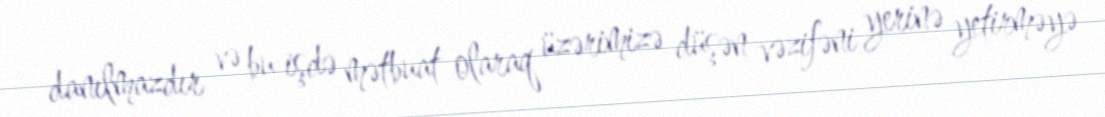
danılmazdır və bu işdə mətbuat olaraq üzərimizə düşən vəzifəni yerinə yetirməyə